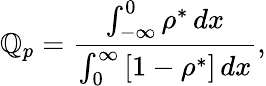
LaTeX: \mathbb{Q}_{p}=\frac{{\int_{-\infty}^{0}\rho^{*}\, dx}}{{\int_{0}^{\infty}\left[1-\rho^{*}\right]\, dx}},